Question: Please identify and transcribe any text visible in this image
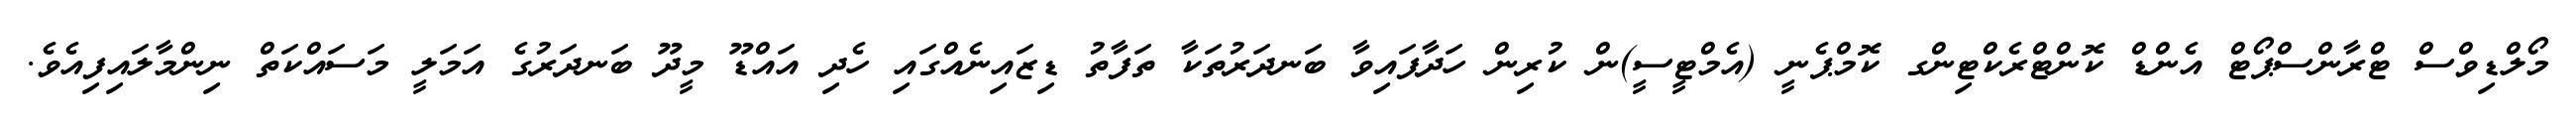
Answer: މޯލްޑިވްސް ޓްރާންސްޕޯޓް އެންޑް ކޮންޓްރެކްޓިންގ ކޮމްޕެނީ (އެމްޓީސީ)ން ކުރިން ހަދާފައިވާ ބަނދަރުތަކާ ތަފާތު ޑިޒައިނެއްގައި ހެދި އައްޑޫ މީދޫ ބަނދަރުގެ އަމަލީ މަސައްކަތް ނިންމާލައިފިއެވެ.